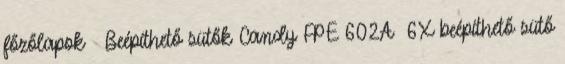
főzőlapok Beépíthető sütők Candy FPE 602A 6X beépíthető sütő